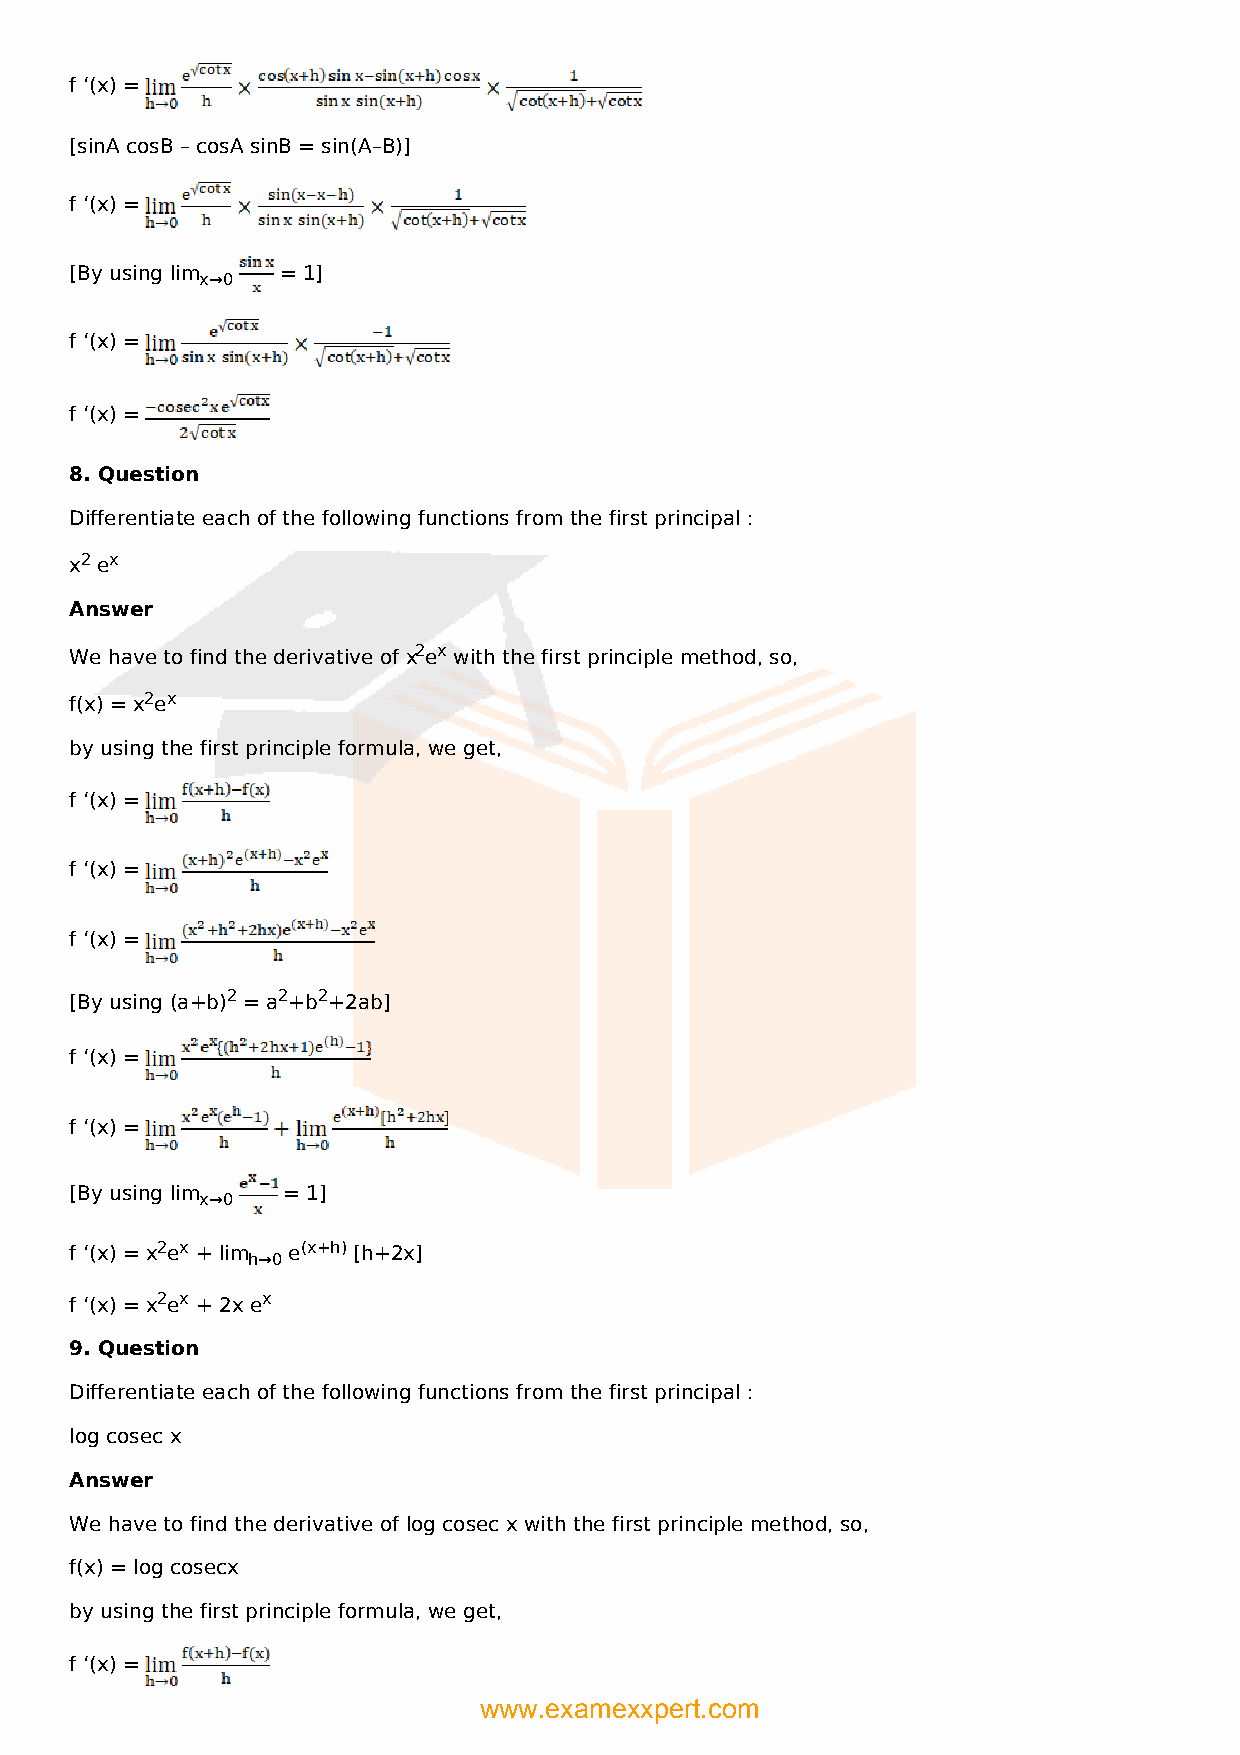
f ‘(x) =
 [sinA cosB – cosA sinB = sin(A–B)]
 f ‘(x) =
 [By using lim = 1]
 x→0
 f ‘(x) =
 f ‘(x) =
 8. Question
 Differentiate each of the following functions from the first principal :
 x2 ex
 Answer
 We have to find the derivative of x2ex with the first principle method, so,
 f(x) = x2ex
 by using the first principle formula, we get,
 f ‘(x) =
 f ‘(x) =
 f ‘(x) =
 [By using (a+b)2 = a2+b2+2ab]
 f ‘(x) =
 f ‘(x) =
 [By using lim = 1]
 x→0
 f ‘(x) = x2ex + lim e(x+h) [h+2x]
 h→0
 f ‘(x) = x2ex + 2x ex
 9. Question
 Differentiate each of the following functions from the first principal :
 log cosec x
 Answer
 We have to find the derivative of log cosec x with the first principle method, so,
 f(x) = log cosecx
 by using the first principle formula, we get,
 f ‘(x) =
 www.examexxpert.com